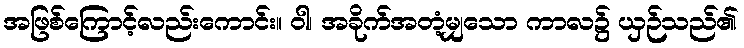
အဖြစ်ကြောင့်လည်းကောင်း။ ဝါ၊ အခိုက်အတံ့မျှသော ကာလ၌ ယှဉ်သည်၏